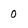
Character: 0